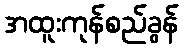
အထူးကုန်စည်ခွန်